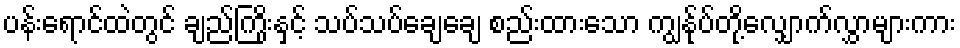
ပန်းရောင်ထဲတွင် ချည်ကြိုးနှင့် သပ်သပ်ချေချေ စည်းထားသော ကျွန်ုပ်တို့လျှောက်လွှာများကား